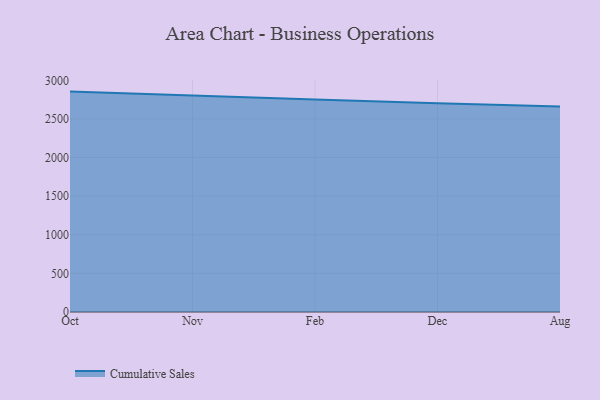
{"axis": {"x": "Month", "y": "Market Share (%)"}, "legend": ["Cumulative Sales"], "data": [{"x": "Oct", "y": 2853.8, "type": "Cumulative Sales"}, {"x": "Nov", "y": 2799.7, "type": "Cumulative Sales"}, {"x": "Feb", "y": 2750.0, "type": "Cumulative Sales"}, {"x": "Dec", "y": 2703.8, "type": "Cumulative Sales"}, {"x": "Aug", "y": 2661.4, "type": "Cumulative Sales"}]}